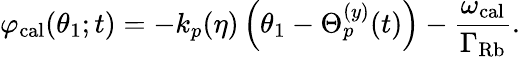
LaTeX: \varphi_{\mathrm{cal}}(\theta_{1};t)=-k_{p}(\eta)\left(\theta_{1}-\Theta_{p}^{(y)}(t)\right)-\frac{\omega_{\mathrm{cal}}}{\Gamma_{\mathrm{Rb}}}.